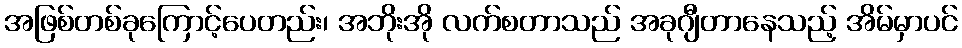
အဖြစ်တစ်ခုကြောင့်ပေတည်း၊ အဘိုးအို လက်စတာသည် အခုဂျီတာနေသည့် အိမ်မှာပင်